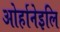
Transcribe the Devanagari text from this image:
ओर्हानेइलि